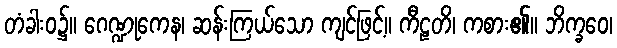
တံခါးဝ၌။ ဂေဏ္ဍုကေန၊ ဆန်းကြယ်သော ကျင်ဖြင့်။ ကီဠတိ၊ ကစား၏။ ဘိက္ခဝေ၊